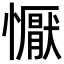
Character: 懨